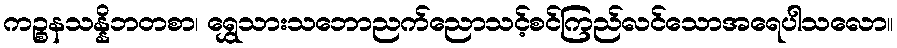
ကဉ္စနသန္နိဘတစာ၊ ရွှေသားသဘောညက်ညောသင့်စင်ကြည်လင်သောအရေပါသလော။